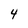
Character: 4